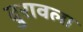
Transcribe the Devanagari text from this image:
दुरावला